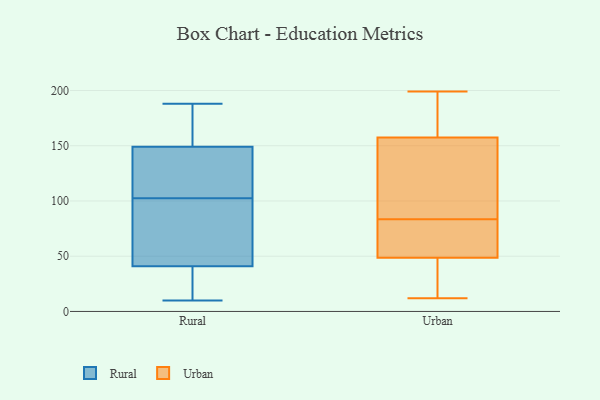
{"axis": {"x": "Waste Production (Tons)", "y": "Value"}, "legend": ["Rural", "Urban"], "data": [{"x": "", "y": 17, "type": "Rural"}, {"x": "", "y": 120, "type": "Rural"}, {"x": "", "y": 10, "type": "Rural"}, {"x": "", "y": 188, "type": "Rural"}, {"x": "", "y": 126, "type": "Rural"}, {"x": "", "y": 44, "type": "Rural"}, {"x": "", "y": 154, "type": "Rural"}, {"x": "", "y": 134, "type": "Rural"}, {"x": "", "y": 31, "type": "Rural"}, {"x": "", "y": 149, "type": "Rural"}, {"x": "", "y": 45, "type": "Rural"}, {"x": "", "y": 85, "type": "Rural"}, {"x": "", "y": 162, "type": "Rural"}, {"x": "", "y": 41, "type": "Rural"}, {"x": "", "y": 80, "type": "Urban"}, {"x": "", "y": 134, "type": "Urban"}, {"x": "", "y": 33, "type": "Urban"}, {"x": "", "y": 47, "type": "Urban"}, {"x": "", "y": 12, "type": "Urban"}, {"x": "", "y": 46, "type": "Urban"}, {"x": "", "y": 73, "type": "Urban"}, {"x": "", "y": 50, "type": "Urban"}, {"x": "", "y": 151, "type": "Urban"}, {"x": "", "y": 68, "type": "Urban"}, {"x": "", "y": 108, "type": "Urban"}, {"x": "", "y": 194, "type": "Urban"}, {"x": "", "y": 191, "type": "Urban"}, {"x": "", "y": 199, "type": "Urban"}, {"x": "", "y": 164, "type": "Urban"}, {"x": "", "y": 87, "type": "Urban"}]}